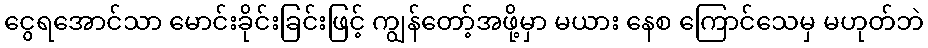
ငွေရအောင်သာ မောင်းခိုင်းခြင်းဖြင့် ကျွန်တော့်အဖို့မှာ မယား နေစ ကြောင်သေမှ မဟုတ်ဘဲ